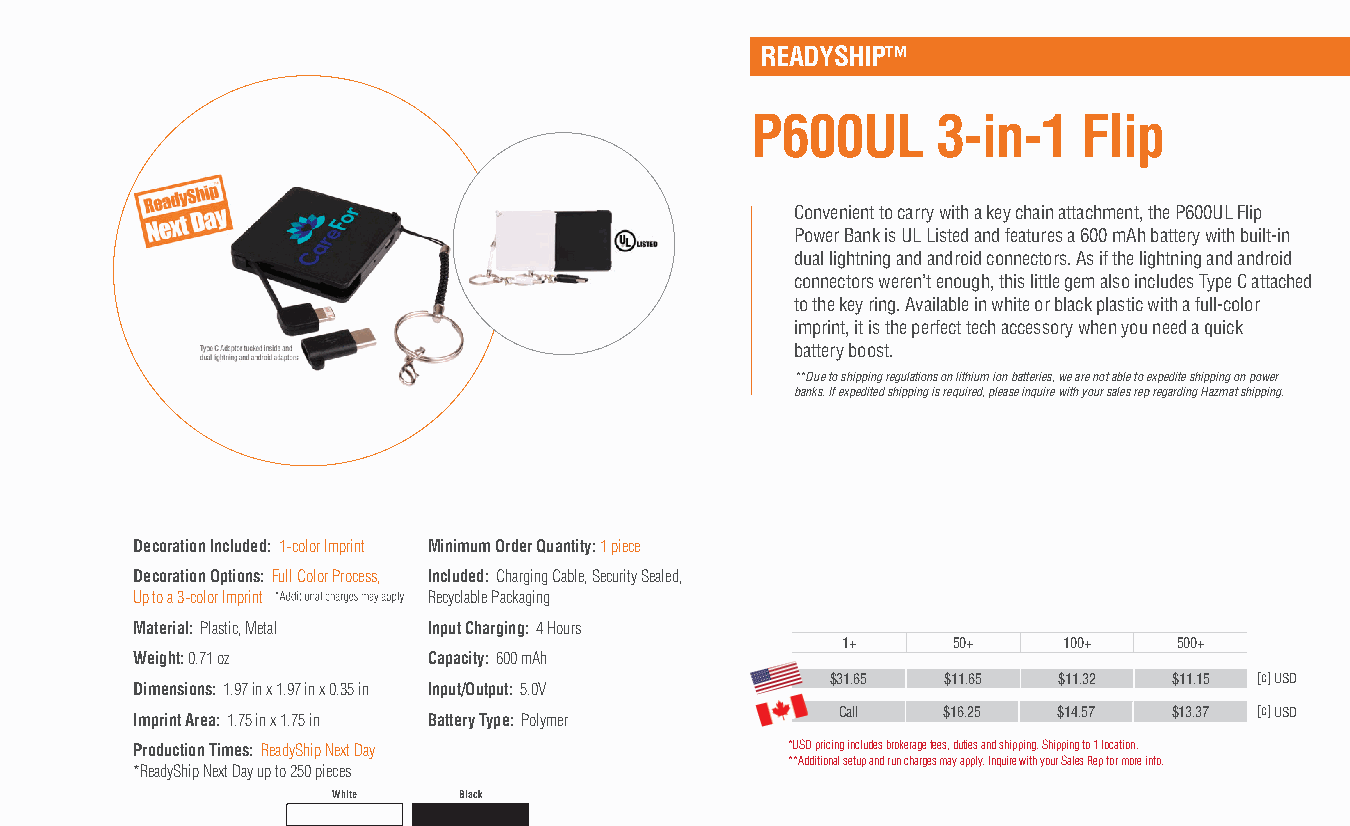
READYSHIP™
 P600UL      3-in-1    Flip
 Convenient to carry with a key chain attachment, the P600UL Flip
 Power Bank is UL Listed and features a 600 mAh battery with built-in
 dual lightning and android connectors. As if the lightning and android
 connectors weren’t enough, this little gem also includes Type C attached
 to the key ring. Available in white or black plastic with a full-color
 imprint, it is the perfect tech accessory when you need a quick
 battery boost.
 **Due to shipping regulations on lithium ion batteries, we are not able to expedite shipping on power
 banks. If expedited shipping is required, please inquire with your sales rep regarding Hazmat shipping.
 Decoration Included: 1-color Imprint Minimum Order Quantity: 1 piece
 Decoration Options: Full Color Process, Included: Charging Cable, Security Sealed,
 Up to a 3-color Imprint Recyclable Packaging
 Material: Plastic, Metal Input Charging: 4 Hours
 1+     50+    100+    500+
 Weight: 0.71 oz    Capacity: 600 mAh
 $31.65  $11.65 $11.32  $11.15 [c] USD
 Dimensions: 1.97 in x 1.97 in x 0.35 in Input/Output: 5.0V
 Imprint Area: 1.75 in x 1.75 in Battery Type: Polymer Call $16.25 $14.57 $13.37 [c] USD
 Production Times: ReadyShip Next Day       *USD pricing includes brokerage fees, duties and shipping. Shipping to 1 location.
 **Additional setup and run charges may apply. Inquire with your Sales Rep for more info.
 *ReadyShip Next Day up to 250 pieces
 White   Black